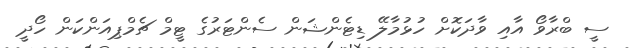
ސީ ބްރާވޯ އާއި ވާދަކޮށް ހުޅުމާލޭ ޑިޓެންޝަން ސެންޓަރުގެ ޓީމް ޗެމްޕިއަންކަން ހޯދީ